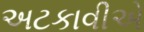
અટકાવીએ